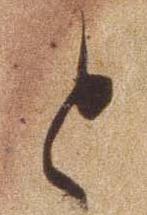
と